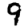
Digit: 9